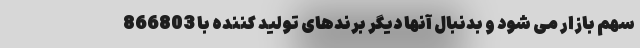
سهم بازار می شود و بدنبال آنها دیگر برندهای تولید کننده با 866803